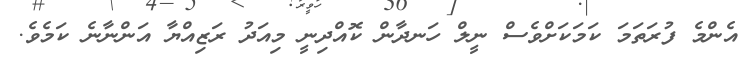
އެންމެ ފުރަތަމަ ކަމަކަށްވެސް ނީލް ހަނދާން ކޮއްދިނީ މިއަދު ރަޒިއްޔާ އަންނާނެ ކަމެވެ.